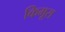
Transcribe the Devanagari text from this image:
किमूरा